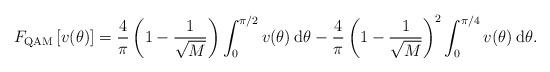
LaTeX: \begin{align*}F_{\rm QAM}\left[ v(\theta) \right] = \frac{4}{\pi} \left( 1 - \frac{1}{\sqrt{M}} \right) \int_{0}^{\pi /2} v(\theta) {\: {\rm d} \theta} - \frac{4}{\pi} \left( 1 - \frac{1}{\sqrt{M}} \right)^{2} \int_{0}^{\pi /4} v(\theta) \: {\rm d} \theta. \end{align*}